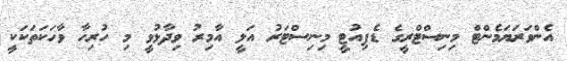
އެންވަރަޔަމެންޓް މިނިސްޓްރީގެ ޑެޕިއުޓީ މިނިސްޓަރު އަލީ އާމިރު ވިދާޅުވީ މި ހުރިހާ ވާހަކަތަކަކީ